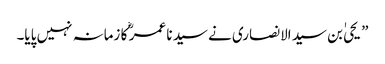
” یحیٰ بن سید الانصاری نے سید نا عمر ؓ کا زمانہ نہیں پایا۔